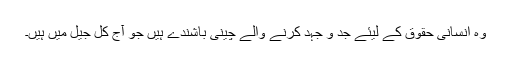
وہ انسانی حقوق کے لیئے جد و جہد کرنے والے چینی باشندے ہیں جو آج کل جیل میں ہیں۔